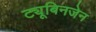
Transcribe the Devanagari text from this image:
ट्यूबिनजेन